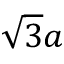
\sqrt { 3 } a